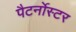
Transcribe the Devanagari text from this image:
पैटर्नोस्टर